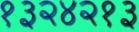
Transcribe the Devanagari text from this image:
१३२४२१३